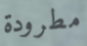
مطرودة